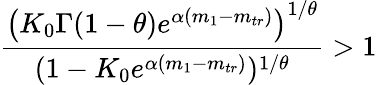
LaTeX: \frac{\left(K_{0}\Gamma(1-\theta)e^{\alpha(m_{1}-m_{tr})}\right)^{1/\theta}}{(1-K_{0}e^{\alpha(m_{1}-m_{tr})})^{1/\theta}}>1